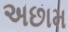
અછામ